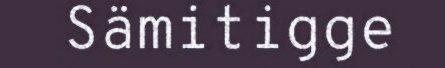
Sämitigge